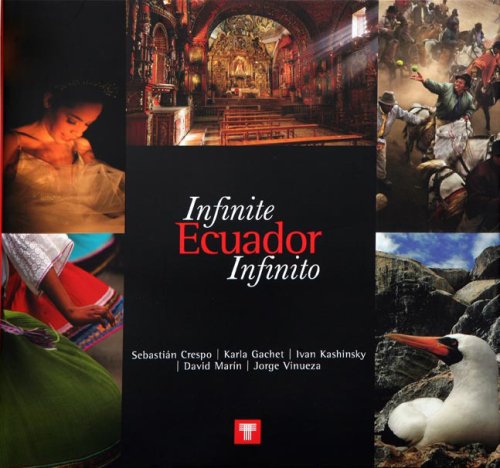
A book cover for Infinite Ecuador; Crespo/Gachet/Kashinsky/Marin/Vinueza; Travel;